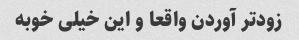
زودتر آوردن واقعا و این خیلی خوبه